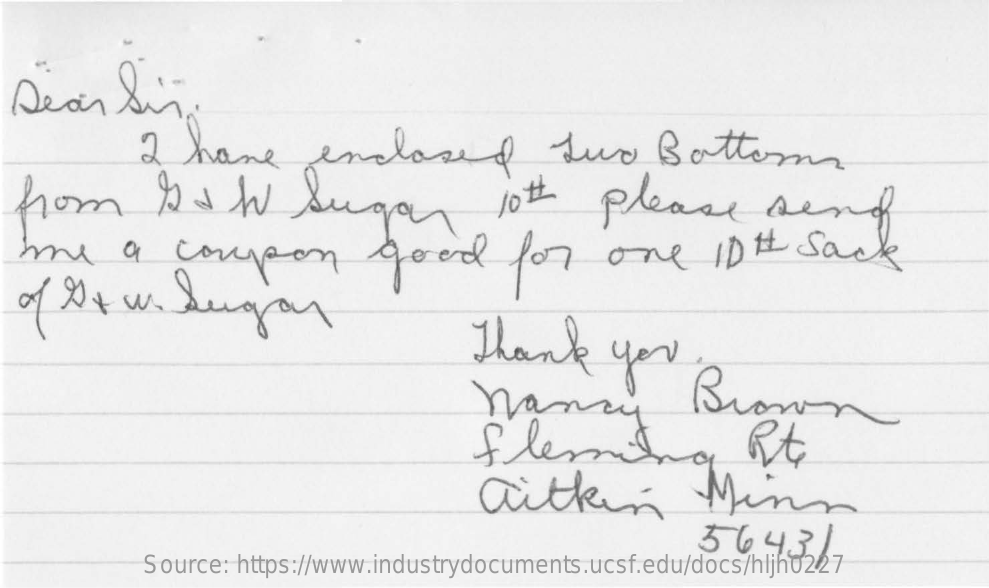
Dear    Sir
     I  have    enclosed    two    Bottom
  from    NJ    W    Sugar    10t    please    send
  my    a   coupon    good    for    one    ID#    sack
     Thank    you
     nancy    Brown
     fleming    Rt
     aithing    Mina
     36431
     Source: https://www.industrydocuments.ucsf.edu/docs/hljh0227